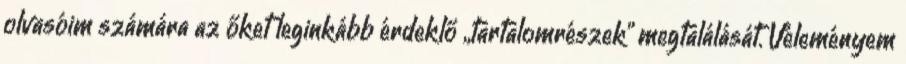
olvasóim számára az őket leginkább érdeklő „tartalomrészek” megtalálását. Véleményem